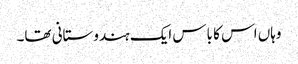
وہاں اس کا باس ایک ہندوستانی تھا۔